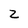
Character: z